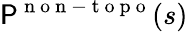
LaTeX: \mathsf{P}^{\mathrm{{~n~o~n~-~t~o~p~o~}}}(s)